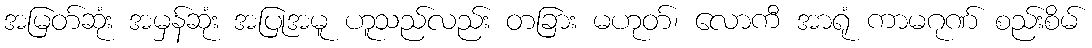
အမြတ်ဆုံး အမှန်ဆုံး အပြုအမူ ဟူသည်လည်း တခြား မဟုတ်၊ လောကီ အာရုံ ကာမဂုဏ် စည်းစိမ်